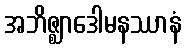
အဘိဇ္ဈာဒေါမနဿာနံ